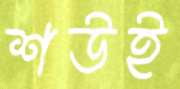
শউই